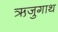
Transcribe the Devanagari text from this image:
ऋजुगाथ